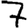
Digit: 7